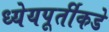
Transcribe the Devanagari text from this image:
ध्येयपूर्तीकडे